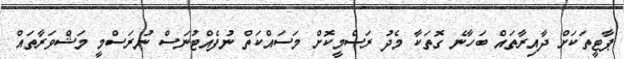
ޕާޓީތަކަށް ދާއިރާތައް ބަހާނެ ގޮތަކާ މެދު ރަސްމީކޮށް މަސައްކަތް ނުފެއްޓުނަސް ނުރަސްމީ މަޝްވަރާތައް